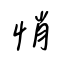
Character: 悄